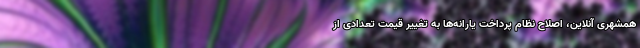
همشهری آنلاین، اصلاح نظام پرداخت یارانه‌ها به تغییر قیمت تعدادی از